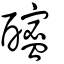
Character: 𨣘